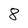
Character: 8